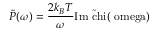
\tilde { P } ( \omega ) = \frac { 2 k _ { B } T } { \omega } \mathrm { { I m } \tilde { \ c h i } ( \ o m e g a ) }